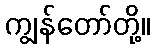
ကျွန်တော်တို့။